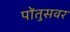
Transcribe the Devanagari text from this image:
पोंतुसवर